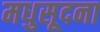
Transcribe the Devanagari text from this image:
मधुसूदना